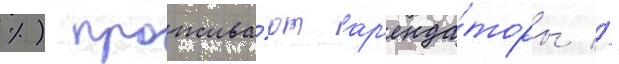
%) прожива́ют ар'енда́торы //